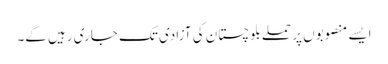
ایسے منصوبوں پر حملے بلوچستان کی آزادی تک جاری رہیں گے۔